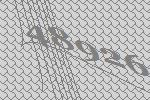
48926